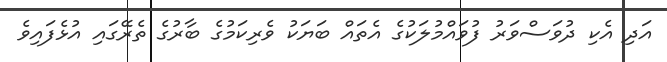
އަދި އެކި ދުވަސްވަރު ފުވައްމުލަކުގެ އެތައް ބަޔަކު ވެރިކަމުގެ ބާރުގެ ތެރޭގައި އުޅެފައިވެ